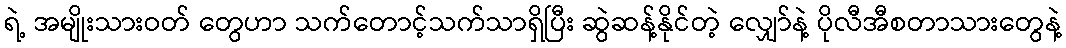
ရဲ့ အမျိုးသားဝတ် တွေဟာ သက်တောင့်သက်သာရှိပြီး ဆွဲဆန့်နိုင်တဲ့ လျှော်နဲ့ ပိုလီအီစတာသားတွေနဲ့